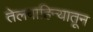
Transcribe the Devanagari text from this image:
तेलवाहिन्यातून